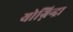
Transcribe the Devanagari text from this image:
योग्निन्द्रा